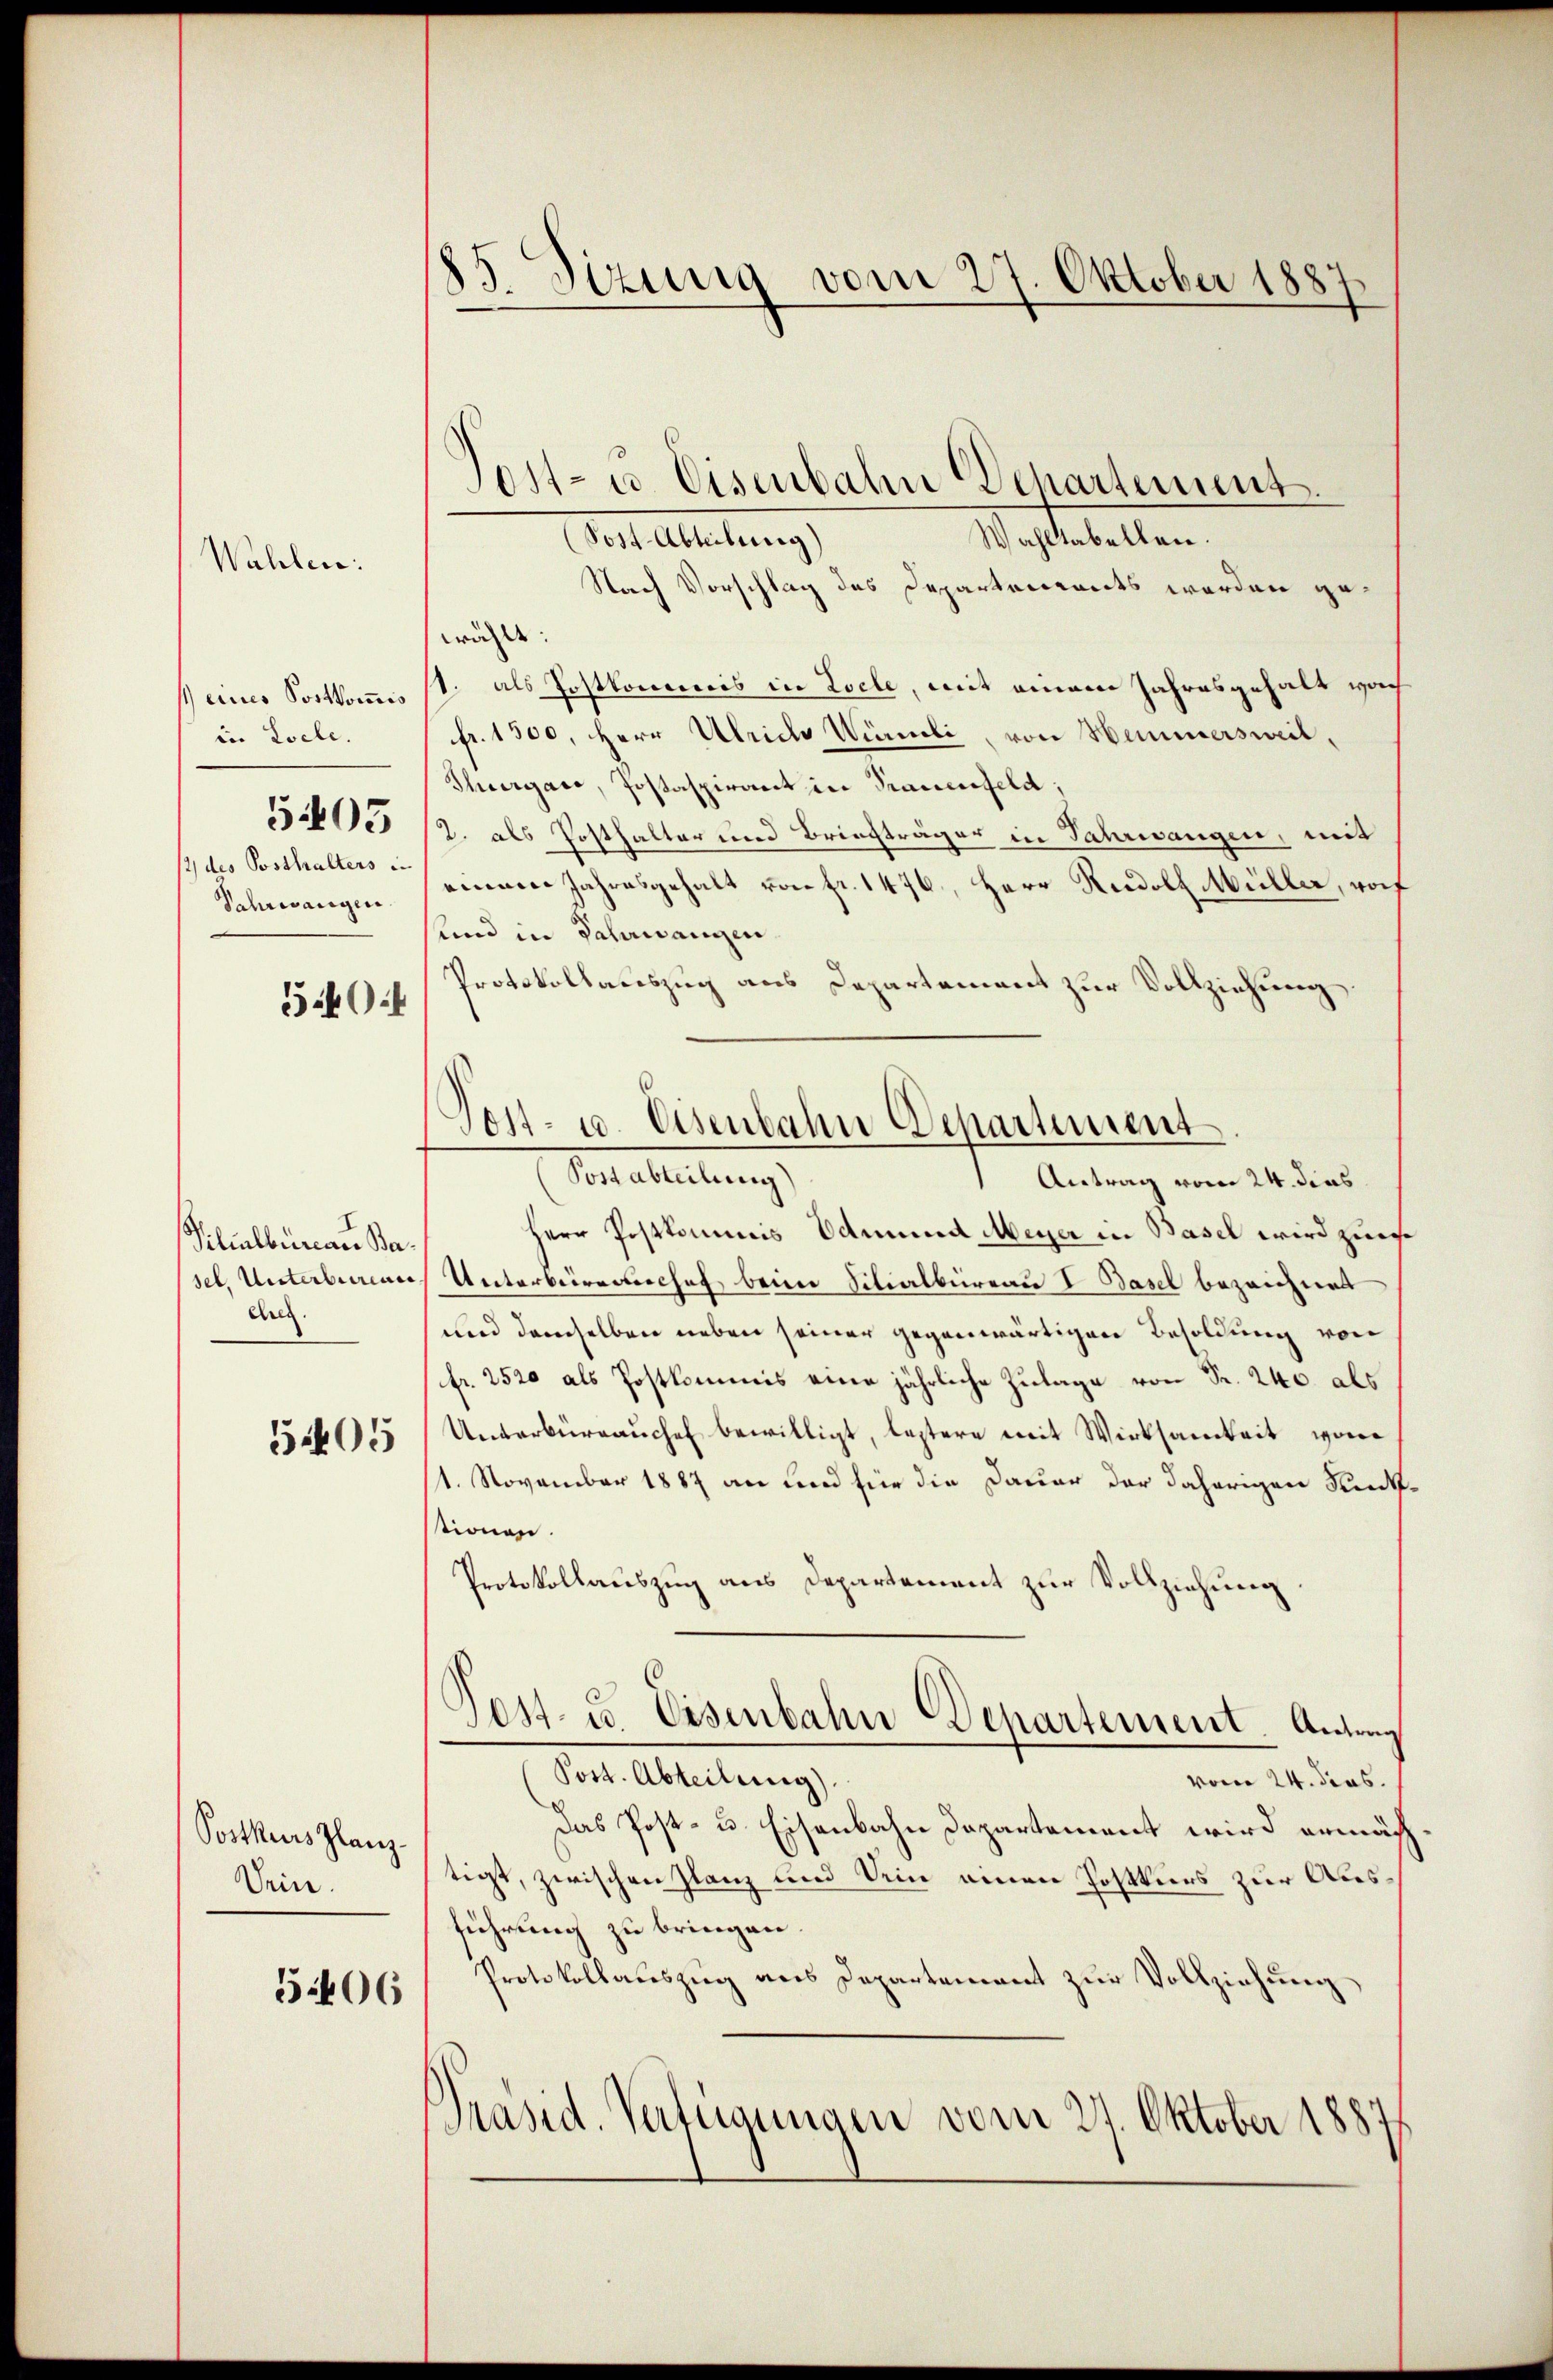
1 eines Postkommis
in Loche.
5405
/2 des Posthalters in
Schwangen

Wahlen:

5.404

I
Vilialbüreau Basel. Unterbuirens
chrez.

5405

Posthaus Glanz
Sein.

5406

85. Sizung vom 27. Oktober 1887

Wahltabellen.
Golt Arbeitung,
Nach Vorschlag des Departenants werden gewähle. |
1. als Postkommis in Loche, mit einem Jahresgehalt nach
fr. 1500, Herr Ulrico Würmli, von Hemmersweil¬
Thurgane, Postaspirant in Trauenfeld,
2. als Posthalter und Briefträger in Jahresangen, mit
einen Jahresgehalt von fr. 1476., Herr Rudolf Müller, vorf
und in Jahrwangen.
Protokollauszug aus Departement zur Vollziehung.
Herr Postkommis Edmund Meyer in Basel wird zur
Unterbereiches beim Silialbüreau I Basel bezeichnet
und demselben neben seiner gegenwärtigen Besoldung von
fr. 2520 als Postkommis eine jährliche Zulage von Fr. 240. als
Unterbürrauchel bewilligt, lestere mit Wirksamkeit von
1. November 1887 an und für die Dauer der daherigen Kerckstionen.
Protokollauszug aus Departement zur Vollziehung.
Tost- u. Eisenbahn-Departement. Antrag
Post. Abteilung).
vom 24. dens.
Das Post- u. Eisenbahn Departement wird ermäch
tigt, zwischen Glanz und Dein einen Postkurs zur Ausführung zu bringen.
Protokollauszug aus Departement zur Vollziehung
Präsid. Verfügungen vom 27. Oktober 1887

Post- 10. Eisenbahn Departement
(Postabteilung)
Antrag vom 24. dies

Post- u. Eisenbahn Departement.